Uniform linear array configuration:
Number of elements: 32
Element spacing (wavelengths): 0.75
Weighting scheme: binomial
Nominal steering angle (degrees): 45
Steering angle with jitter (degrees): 43.171
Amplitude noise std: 0.05
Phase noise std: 0.05

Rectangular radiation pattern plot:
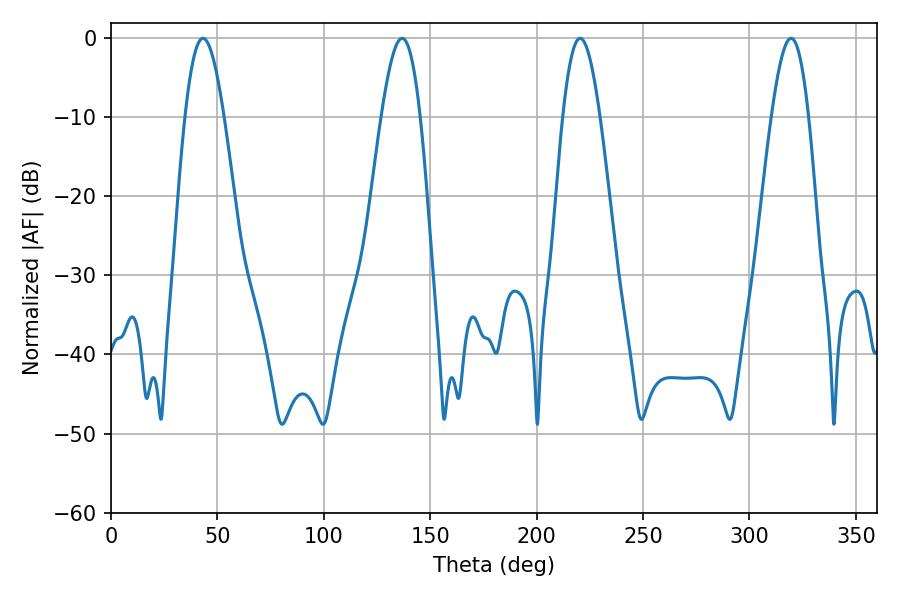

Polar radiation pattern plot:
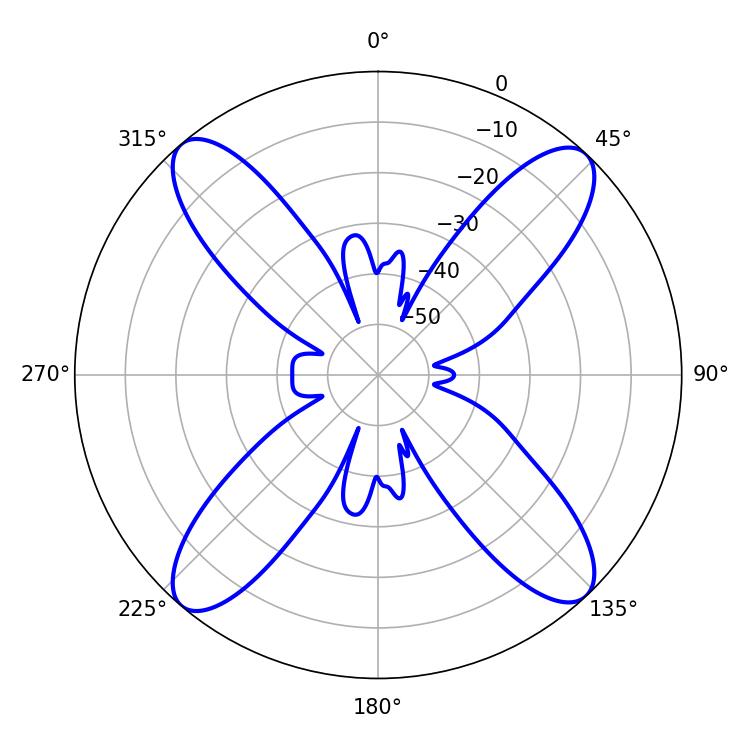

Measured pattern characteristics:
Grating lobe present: TRUE
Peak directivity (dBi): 19.047
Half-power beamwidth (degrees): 9.9
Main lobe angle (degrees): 136.8